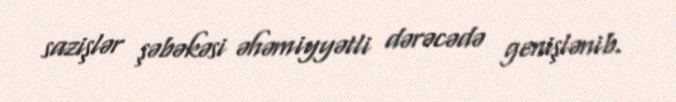
sazişlər şəbəkəsi əhəmiyyətli dərəcədə genişlənib.